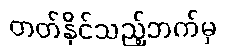
တတ်နိုင်သည့်ဘက်မှ